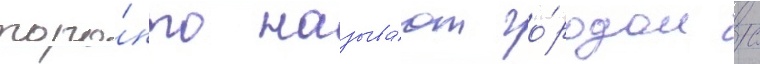
торо́нто называ́ют го́родом с